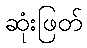
ဆုံးဖြတ်